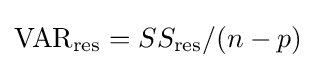
{\text{VAR}}_{\text{res}}=SS_{\text{res}}/(n-p)